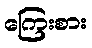
ကြေးစား